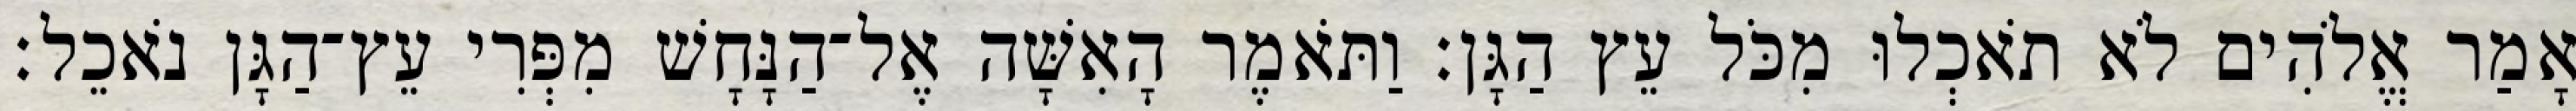
אָמַר אֱלֹהִים לֹא תֹאכְלוּ מִכֹּל עֵץ הַגָּן׃ וַתֹּאמֶר הָאִשָּׁה אֶל־הַנָּחָשׁ מִפְּרִי עֵץ־הַגָּן נֹאכֵל׃